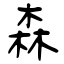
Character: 森